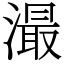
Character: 㵊